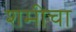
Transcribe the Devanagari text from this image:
शमीचा